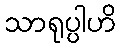
သာရုပ္ပါဟိ